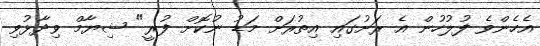
އެހެންވެ ފުލުހުން އެ ރަށުގައި އިތުރަށް މަޑު ނުކޮށް ފުރީ" ޝިޔާމް ވިދާޅުވި